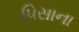
પિસાના